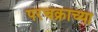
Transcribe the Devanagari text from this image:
परचक्राच्या